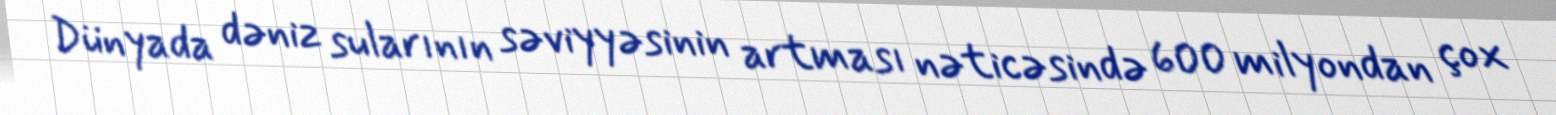
Dünyada dəniz sularının səviyyəsinin artması nəticəsində 600 milyondan çox